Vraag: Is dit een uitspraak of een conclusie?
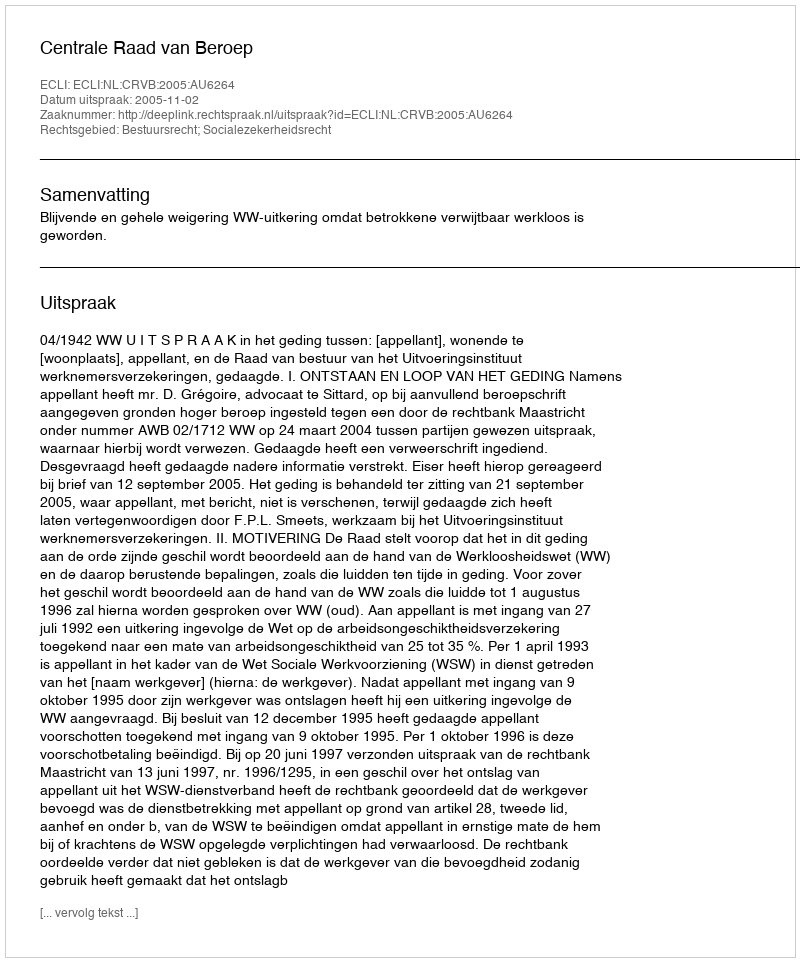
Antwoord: Uitspraak